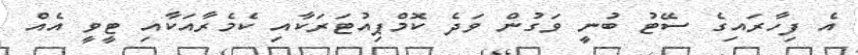
އެ ފިހާރައިގެ ސޭޓު ބުނީ ވަގުން ވަދެ ކޮމްޕިއުޓަރަކާއި ކެމެރާއަކާއި ޓީވީ އެއް